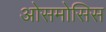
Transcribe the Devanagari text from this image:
ओसमोसिस